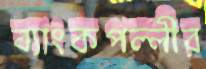
ব্যাংকপল্লীর